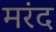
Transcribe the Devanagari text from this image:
मरंद